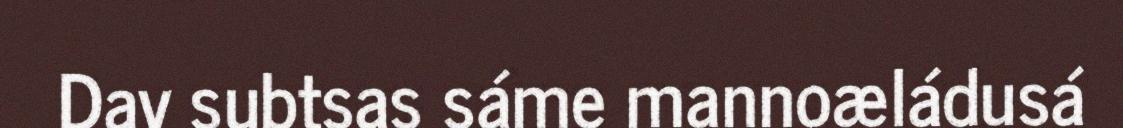
Dav subtsas sáme mannoæládusá